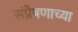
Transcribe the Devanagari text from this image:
संप्रेषणाच्या